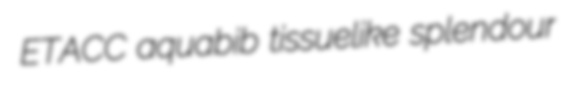
ETACC aquabib tissuelike splendour